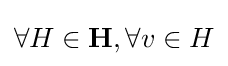
\forall H\in \mathbf {H} ,\forall v\in H